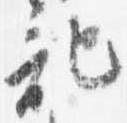
記